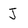
Character: J